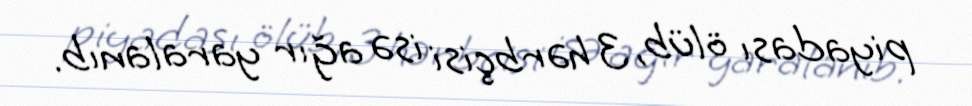
piyadası ölüb, 3 hərbçisi isə ağır yaralanıb.